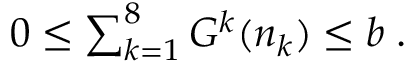
\begin{array} { r } { 0 \le \sum _ { k = 1 } ^ { 8 } G ^ { k } ( n _ { k } ) \le b \; . } \end{array}